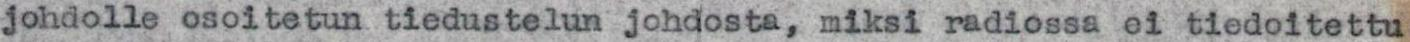
johdolle osoitetun tiedustelun johdosta, miksi radiossa ei tiedoitettu